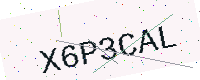
Text: X6P3CAL